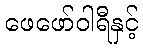
ဖေဖော်ဝါရီနှင့်